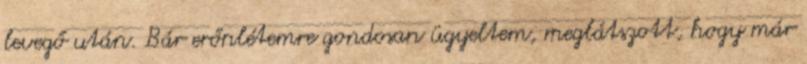
levegő után. Bár erőnlétemre gondosan ügyeltem, meglátszott, hogy már